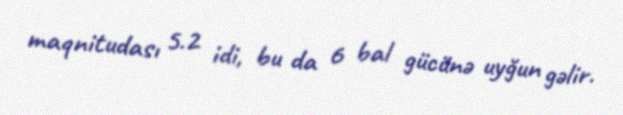
maqnitudası 5.2 idi, bu da 6 bal gücünə uyğun gəlir.